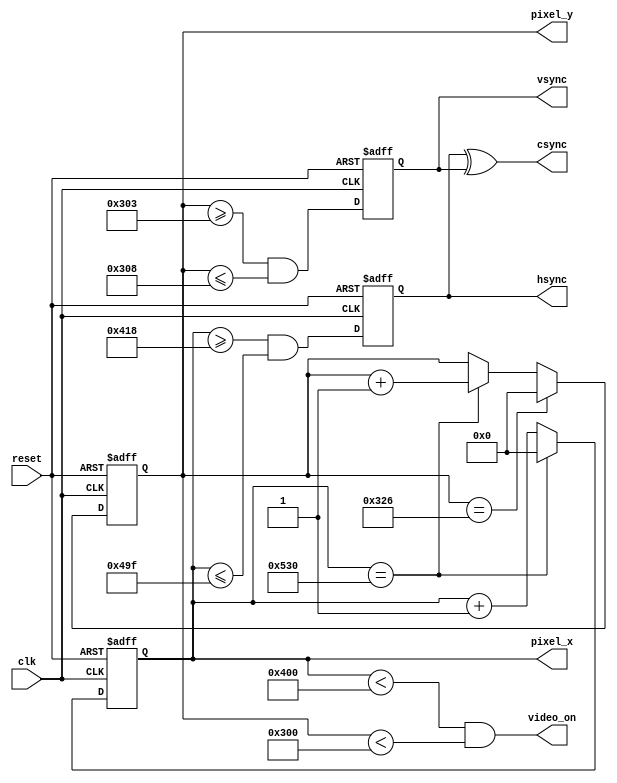
module vesasync( 
    input wire clk,              // 75 MHz clock
    input wire reset,            // positive reset
    output wire hsync,           // hsync signal
    output wire vsync,           // vsync signal
    output wire csync,           // composite sync signal
    output wire video_on,        // beam on
    output wire [10:0] pixel_x,   // pixel X ccordinate
    output wire [10:0] pixel_y ); // pixel Y coordinate

   reg [10:0] 	      h_count_reg, v_count_reg;
   wire [10:0] 	      h_count_next, v_count_next;

   reg 		      h_sync_reg, v_sync_reg;
   wire 	      h_sync_next, v_sync_next;
   
   wire 	      h_end, v_end;

   localparam HS = 136;  // H sync width in pixels
   localparam HB = 144;  // H back porch in pixels
   localparam HD = 1024; // H data area in pixels
   localparam HF = 24;   // H front porch in pixels

   localparam VS = 6;    // V sync width in lines
   localparam VB = 29;   // V back porch in lines
   localparam VD = 768;  // V data in lines
   localparam VF = 3;    // V front porch in lones
     
   always @(posedge clk or posedge reset)
     if (reset)
       begin
	  h_count_reg <= 10'b0;
	  v_count_reg <= 10'b0;
	  h_sync_reg  <= 1'b0;
	  v_sync_reg  <= 1'b0;
       end
     else
       begin
	  h_count_reg <= h_count_next;
	  v_count_reg <= v_count_next;
	  h_sync_reg  <= h_sync_next;
	  v_sync_reg  <= v_sync_next;
       end

   assign h_end = (h_count_reg == (HS + HB + HD + HF));
   assign v_end = (v_count_reg == (VS + VB + VD + VF));
   
   assign h_count_next = h_end ? 10'b0 : (h_count_reg + 1);
   assign v_count_next = v_end ? 10'b0 : 
			 h_end ? (v_count_reg + 1) : v_count_reg;
   
   assign h_sync_next  = ((h_count_reg >= (HD + HF)) &&
			  (h_count_reg <= (HD + HF + HS - 1)));
   assign v_sync_next  = ((v_count_reg >= (VD + VF)) &&
			  (v_count_reg <= (VD + VF + VS - 1)));
   
   assign video_on = (h_count_reg < HD) && (v_count_reg < VD);
   
   assign hsync = h_sync_reg;
   assign vsync = v_sync_reg;

   assign pixel_x = h_count_reg;
   assign pixel_y = v_count_reg;

   assign csync = h_sync_reg ^ v_sync_reg;
		   
endmodule // vesasync